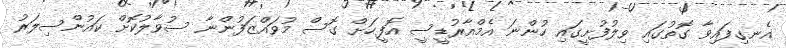
އެނގިފައިވާ ގޮތުގައި ވިލުފުށީގައި ހުންނަ އެމްއާރުޑީސީ އޮފީހަށް ގޮސް މުވައްޒަފުންނާ ސުވާލުކޮށް ކައުންސިލަރު